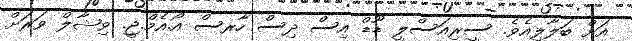
އަށް ބަލާލިއެވެ. ސީރިއަސްލީ ޑޫޑް އިސް ދިސް ހާރސް އޯ.އެމް.ޖީ. ވިޝާލް ވަރަށް